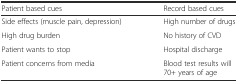
| Patient based cues | Record based cues |
 | --- | --- |
 | Side effects (muscle pain, depression) | High number of drugs |
 | High drug burden | No history of CVD |
 | Patient wants to stop | Hospital discharge |
 | Patient concerns from media | Blood test results will 70+ years of age |